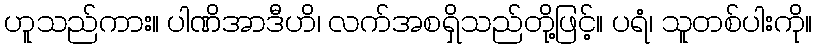
ဟူသည်ကား။ ပါဏိအာဒီဟိ၊ လက်အစရှိသည်တို့ဖြင့်။ ပရံ၊ သူတစ်ပါးကို။